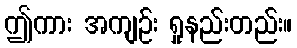
ဤကား အကျဉ်း ရှုနည်းတည်း။